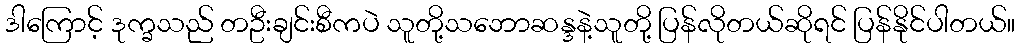
ဒါကြောင့် ဒုက္ခသည် တဦးချင်းစီကပဲ သူတို့သဘောဆန္ဒနဲ့သူတို့ ပြန်လိုတယ်ဆိုရင် ပြန်နိုင်ပါတယ်။